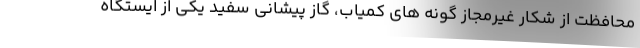
محافظت از شکار غیرمجاز گونه های کمیاب، گاز پیشانی سفید یکی از ایستگاه